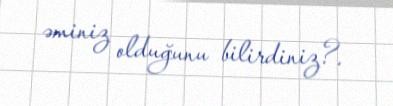
əminiz olduğunu bilirdiniz?.